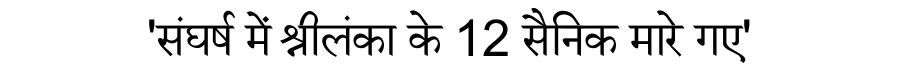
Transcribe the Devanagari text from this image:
'संघर्ष में श्रीलंका के 12 सैनिक मारे गए'